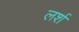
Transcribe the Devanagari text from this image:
लर्श